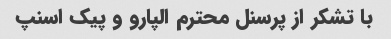
با تشکر از پرسنل محترم الپارو و پیک اسنپ